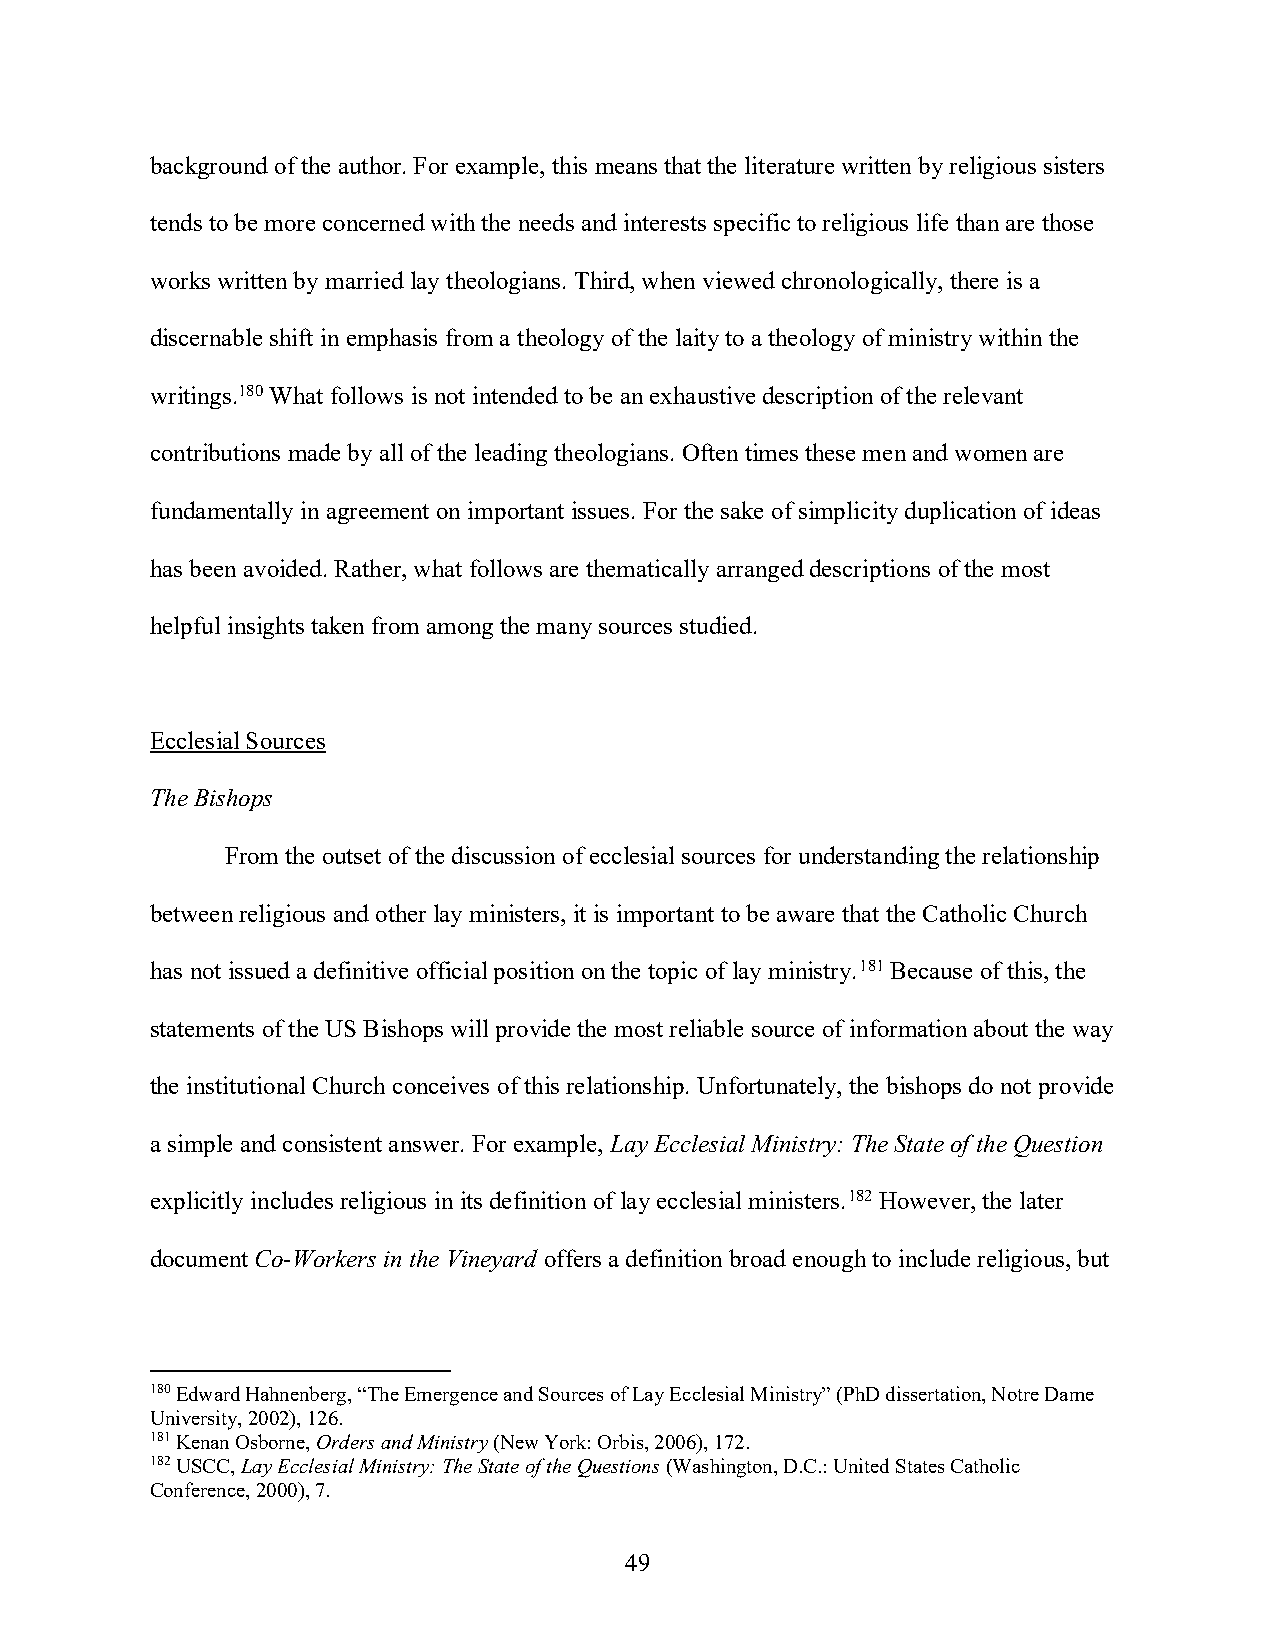
background of the author. For example, this means that the literature written by religious sisters
 tends to be more concerned with the needs and interests specific to religious life than are those
 works written by married lay theologians. Third, when viewed chronologically, there is a
 discernable shift in emphasis from a theology of the laity to a theology of ministry within the
 writings.180 What follows is not intended to be an exhaustive description of the relevant
 contributions made by all of the leading theologians. Often times these men and women are
 fundamentally in agreement on important issues. For the sake of simplicity duplication of ideas
 has been avoided. Rather, what follows are thematically arranged descriptions of the most
 helpful insights taken from among the many sources studied.
 Ecclesial Sources
 The Bishops
 From the outset of the discussion of ecclesial sources for understanding the relationship
 between religious and other lay ministers, it is important to be aware that the Catholic Church
 has not issued a definitive official position on the topic of lay ministry.181 Because of this, the
 statements of the US Bishops will provide the most reliable source of information about the way
 the institutional Church conceives of this relationship. Unfortunately, the bishops do not provide
 a simple and consistent answer. For example, Lay Ecclesial Ministry: The State of the Question
 explicitly includes religious in its definition of lay ecclesial ministers.182 However, the later
 document Co-Workers in the Vineyard offers a definition broad enough to include religious, but
 180 Edward Hahnenberg, “The Emergence and Sources of Lay Ecclesial Ministry” (PhD dissertation, Notre Dame
 University, 2002), 126.
 181 Kenan Osborne, Orders and Ministry (New York: Orbis, 2006), 172.
 182 USCC, Lay Ecclesial Ministry: The State of the Questions (Washington, D.C.: United States Catholic
 Conference, 2000), 7.
 49